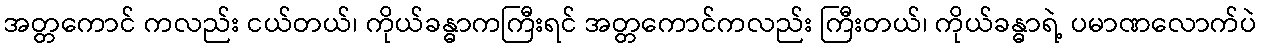
အတ္တကောင် ကလည်း ငယ်တယ်၊ ကိုယ်ခန္ဓာကကြီးရင် အတ္တကောင်ကလည်း ကြီးတယ်၊ ကိုယ်ခန္ဓာရဲ့ ပမာဏလောက်ပဲ